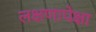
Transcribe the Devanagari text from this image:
लक्षणापेक्षा